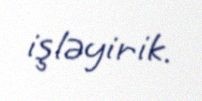
işləyirik.